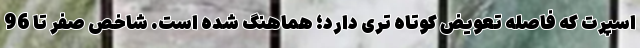
اسپرت که فاصله تعویض کوتاه تری دارد؛ هماهنگ شده است. شاخص صفر تا 96